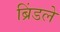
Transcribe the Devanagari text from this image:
ब्रिंडले